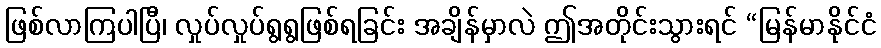
ဖြစ်လာကြပါပြီ၊ လှုပ်လှုပ်ရွရွဖြစ်ရခြင်း အချိန်မှာလဲ ဤအတိုင်းသွားရင် “မြန်မာနိုင်ငံ